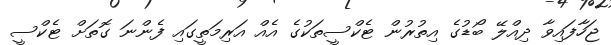
ޖަހާފައިވާ ދިއްލޭ ބޯޑުގެ އިތުރުން ޓެކްސީތަކުގެ އެއް އަރިމަތީގައި ފެންނަ ގޮތަށް ޓެކްސީ